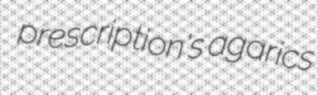
prescription's agarics